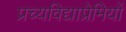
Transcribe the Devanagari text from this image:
प्रच्यविद्याप्रेमियों